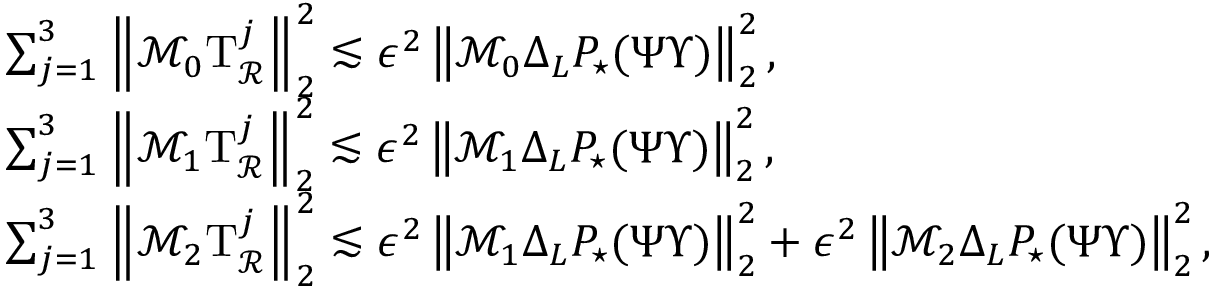
\begin{array} { r l } & { \sum _ { j = 1 } ^ { 3 } \left\| \mathcal { M } _ { 0 } \mathrm { T } _ { \mathcal { R } } ^ { j } \right\| _ { 2 } ^ { 2 } \lesssim \epsilon ^ { 2 } \left\| \mathcal { M } _ { 0 } \Delta _ { L } P _ { \star } ( \Psi \Upsilon ) \right\| _ { 2 } ^ { 2 } , } \\ & { \sum _ { j = 1 } ^ { 3 } \left\| \mathcal { M } _ { 1 } \mathrm { T } _ { \mathcal { R } } ^ { j } \right\| _ { 2 } ^ { 2 } \lesssim \epsilon ^ { 2 } \left\| \mathcal { M } _ { 1 } \Delta _ { L } P _ { \star } ( \Psi \Upsilon ) \right\| _ { 2 } ^ { 2 } , } \\ & { \sum _ { j = 1 } ^ { 3 } \left\| \mathcal { M } _ { 2 } \mathrm { T } _ { \mathcal { R } } ^ { j } \right\| _ { 2 } ^ { 2 } \lesssim \epsilon ^ { 2 } \left\| \mathcal { M } _ { 1 } \Delta _ { L } P _ { \star } ( \Psi \Upsilon ) \right\| _ { 2 } ^ { 2 } + \epsilon ^ { 2 } \left\| \mathcal { M } _ { 2 } \Delta _ { L } P _ { \star } ( \Psi \Upsilon ) \right\| _ { 2 } ^ { 2 } , } \end{array}